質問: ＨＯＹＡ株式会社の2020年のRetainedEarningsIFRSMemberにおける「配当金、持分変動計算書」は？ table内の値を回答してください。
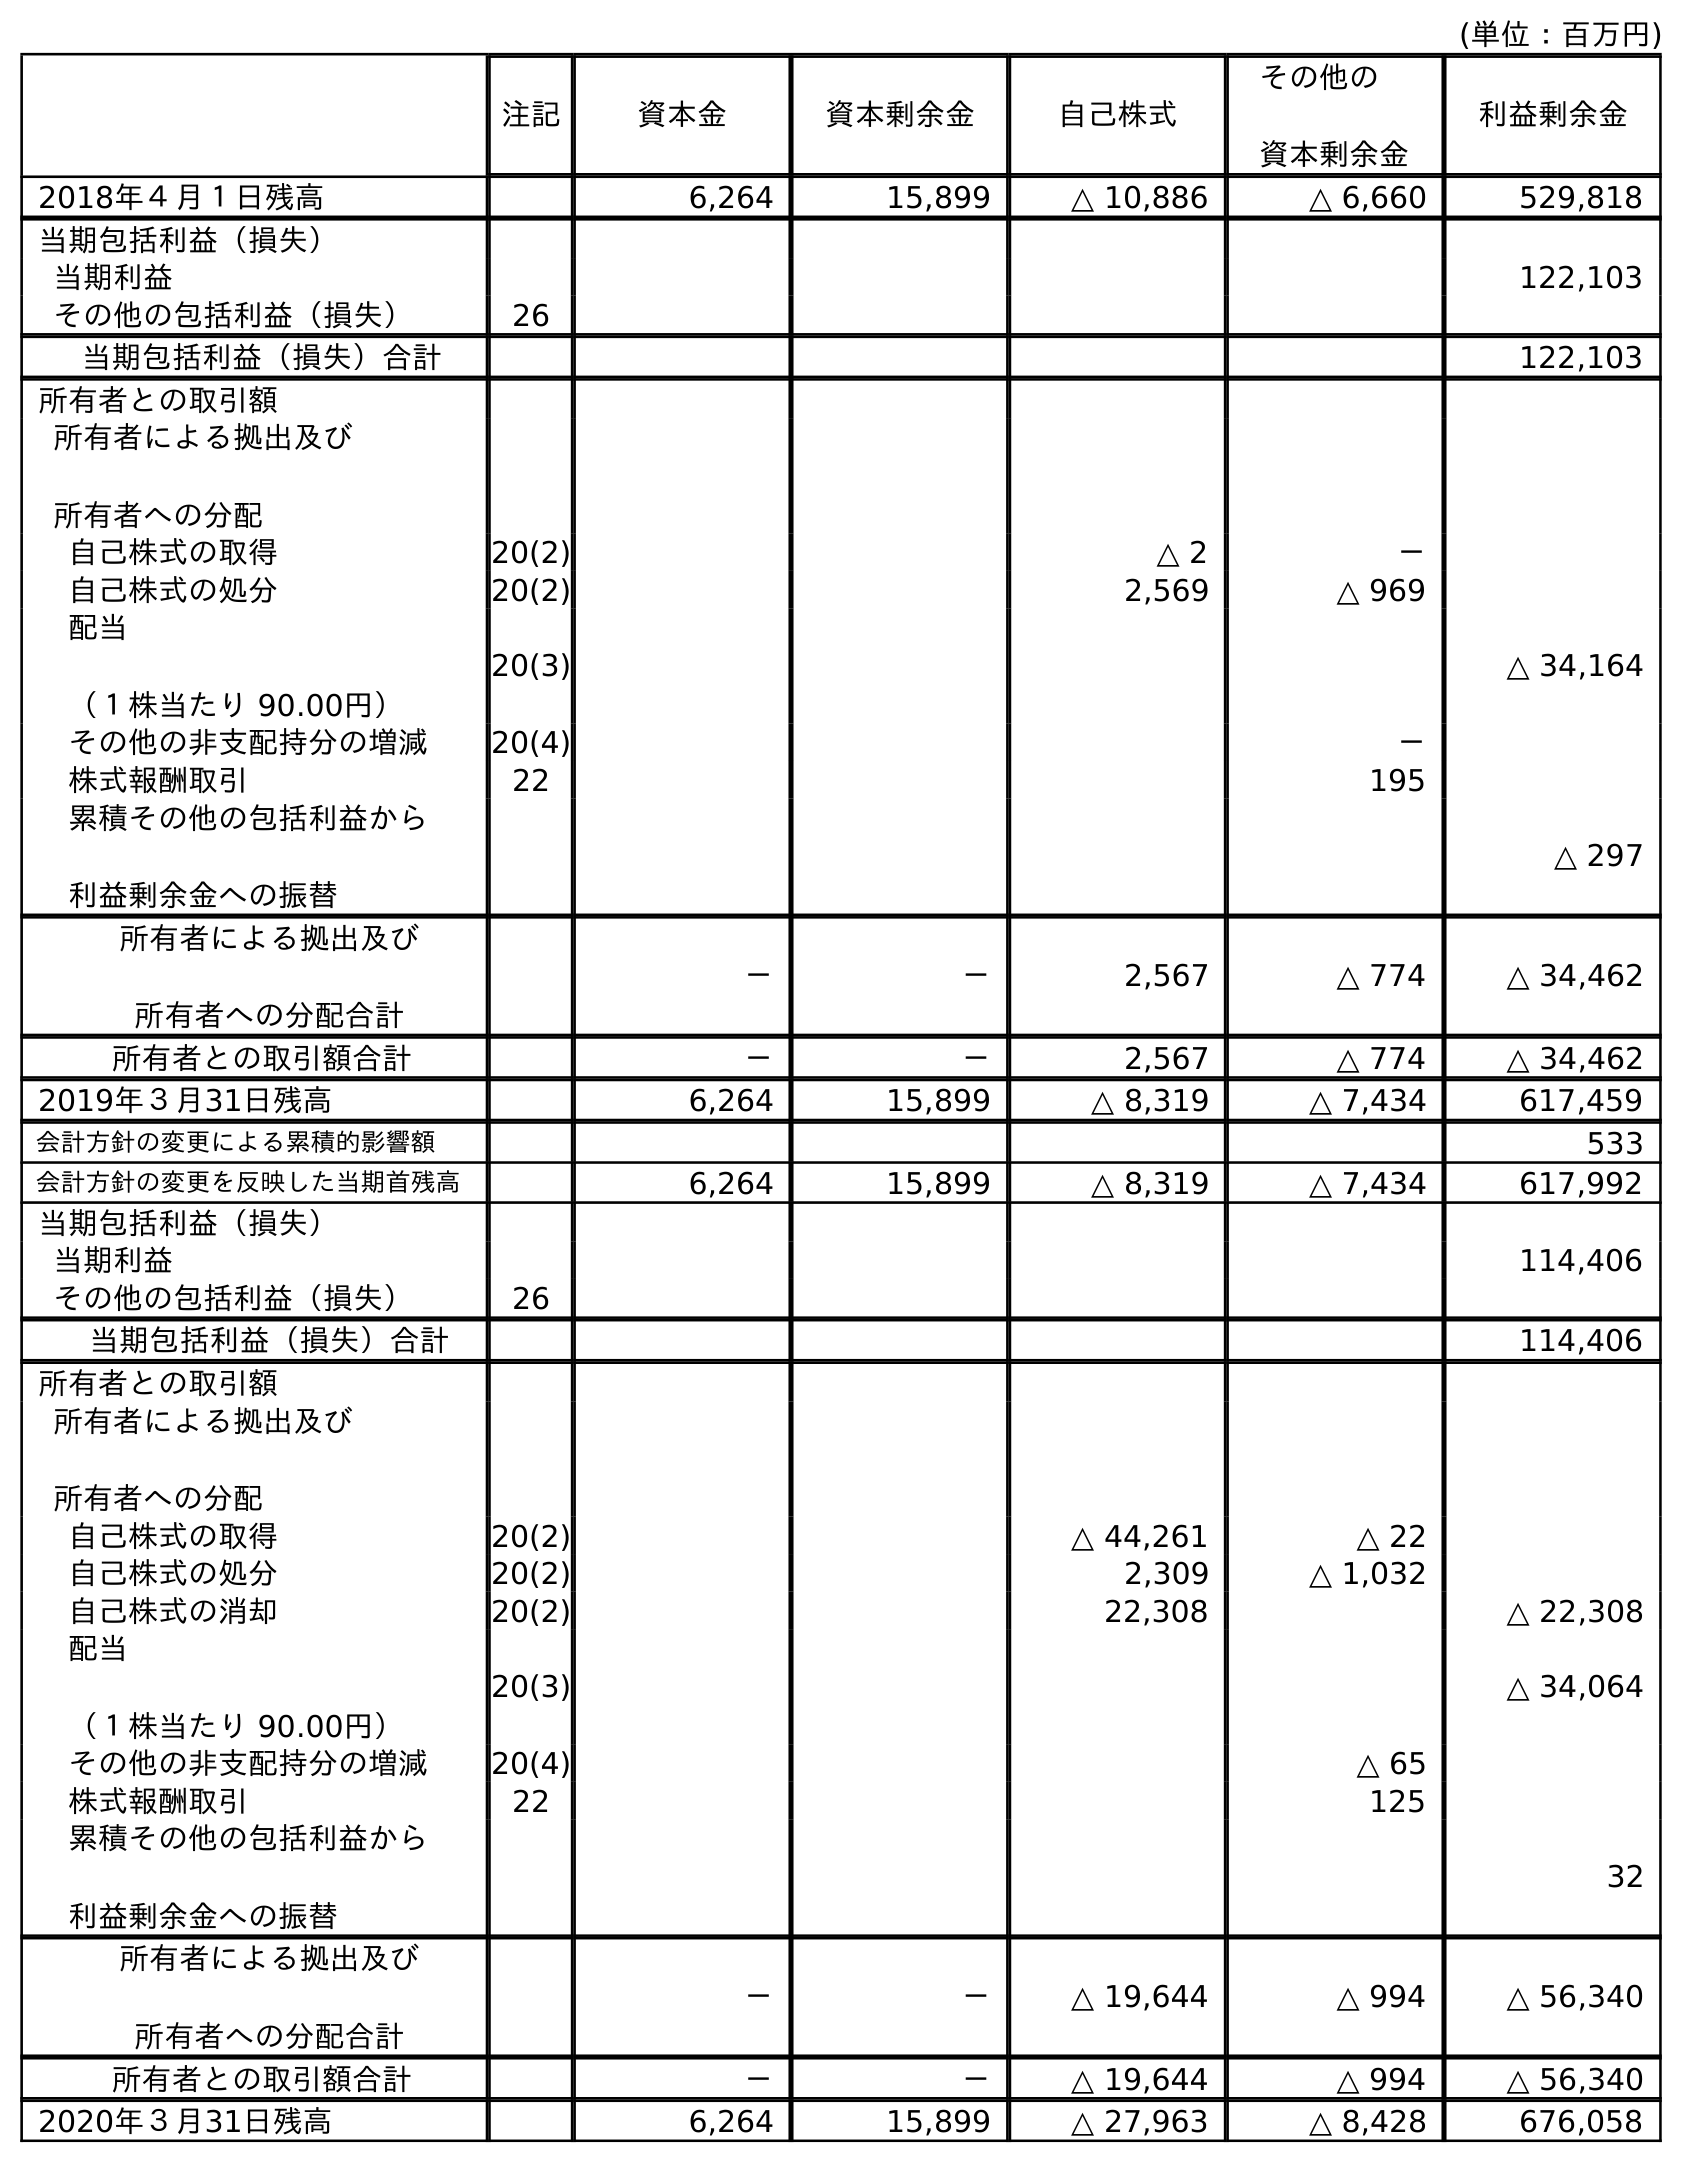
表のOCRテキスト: (単位：百万円) 注記 資本金 資本剰余金 自己株式 その他の 資本剰余金 利益剰余金 2018年４月１日残高 6,264 15,899 △ 10,886 △ 6,660 529,818 当期包括利益（損失） 当期利益 122,103 その他の包括利益（損失） 26 当期包括利益（損失）合計 122,103 所有者との取引額 所有者による拠出及び 所有者への分配 自己株式の取得 20(2) △ 2 － 自己株式の処分 20(2) 2,569 △ 969 配当 （１株当たり 90.00円） 20(3) △ 34,164 その他の非支配持分の増減 20(4) － 株式報酬取引 22 195 累積その他の包括利益から 利益剰余金への振替 △ 297 所有者による拠出及び 所有者への分配合計 － － 2,567 △ 774 △ 34,462 所有者との取引額合計 － － 2,567 △ 774 △ 34,462 2019年３月31日残高 6,264 15,899 △ 8,319 △ 7,434 617,459 会計方針の変更による累積的影響額 533 会計方針の変更を反映した当期首残高 6,264 15,899 △ 8,319 △ 7,434 617,992 当期包括利益（損失） 当期利益 114,406 その他の包括利益（損失） 26 当期包括利益（損失）合計 114,406 所有者との取引額 所有者による拠出及び 所有者への分配 自己株式の取得 20(2) △ 44,261 △ 22 自己株式の処分 20(2) 2,309 △ 1,032 自己株式の消却 20(2) 22,308 △ 22,308 配当 （１株当たり 90.00円） 20(3) △ 34,064 その他の非支配持分の増減 20(4) △ 65 株式報酬取引 22 125 累積その他の包括利益から 利益剰余金への振替 32 所有者による拠出及び 所有者への分配合計 － － △ 19,644 △ 994 △ 56,340 所有者との取引額合計 － － △ 19,644 △ 994 △ 56,340 2020年３月31日残高 6,264 15,899 △ 27,963 △ 8,428 676,058
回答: △34,064